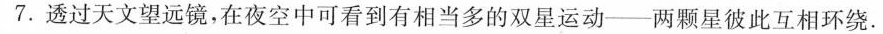
7.透过天文望远镜，在夜空中可看到有相当多的双星运动——两颗星彼此互相环绕.